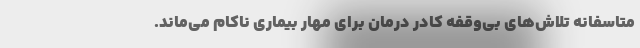
متاسفانه تلاش‌های بی‌وقفه کادر درمان برای مهار بیماری ناکام می‌ماند.